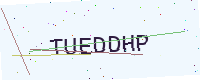
Text: TUEDDHP